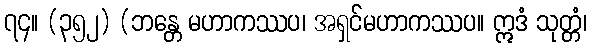
၇၄။ (၃၅၂) (ဘန္တေ မဟာကဿပ၊ အရှင်မဟာကဿပ။ ဣဒံ သုတ္တံ၊